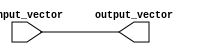
module vector_continuous_assignment #(
    parameter WIDTH = 8  // Parameter for vector width
) (
    input  wire [WIDTH-1:0] input_vector,  // Input vector
    output wire [WIDTH-1:0] output_vector   // Output vector
);

    // Continuous assignment of input_vector to output_vector
    assign output_vector = input_vector;

endmodule